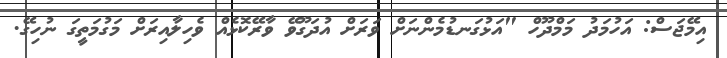
އިމޭޖަސް: އަހުމަދު މަމްދޫހް "އަޅުގަނޑުމެންނަށް ވަރަށް އުދަގޫވޭ ވާރޭކޮޅެއް ވެހިލާއިރަށް މަގުމަތީގަ ނުހިގޭ.